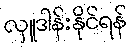
လှူဒါန်းနိုင်ရန်